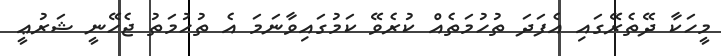
މީހަކާ ދޭތެރޭގައި އެފަދަ ތުހުމަތެއް ކުރެވޭ ކަމުގައިވާނަމަ އެ ތުހުމަތު ޖެހޭނީ ޝަރުޢީ